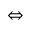
\Leftrightarrow